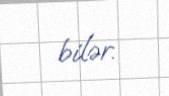
bilər.